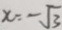
x = - \sqrt { 3 }